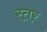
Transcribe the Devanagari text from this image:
स्त़र